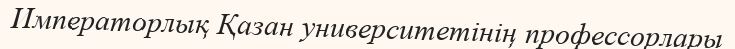
Императорлық Қазан университетінің профессорлары